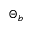
\Theta _ { b }